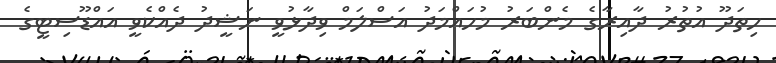
ހިތަދޫ އުތުރު ދާއިރާގެ މެންބަރު މުހައްމަދު އަސްލަމް ވިދާޅުވީ ނަޝީދު ދެއްކެވީ އައްޑޫސިޓީގެ